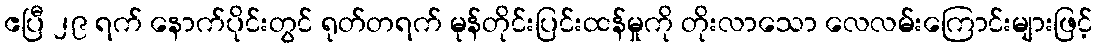
ဧပြီ ၂၉ ရက် နောက်ပိုင်းတွင် ရုတ်တရက် မုန်တိုင်းပြင်းထန်မှုကို တိုးလာသော လေလမ်းကြောင်းများဖြင့်